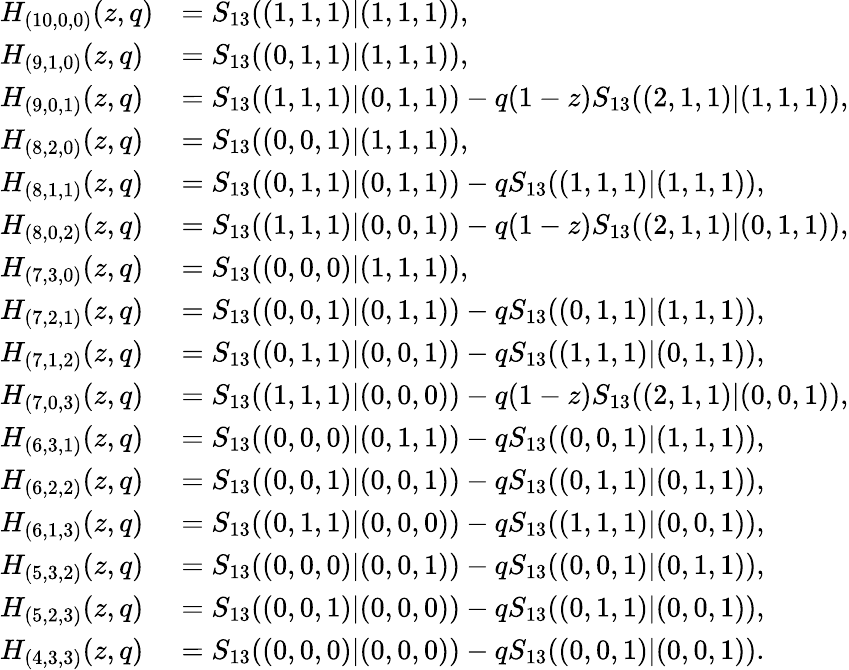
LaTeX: \begin{array}{ll}{H_{(10,0,0)}(z,q)}&{=S_{13}((1,1,1)|(1,1,1)),}\\ {H_{(9,1,0)}(z,q)}&{=S_{13}((0,1,1)|(1,1,1)),}\\ {H_{(9,0,1)}(z,q)}&{=S_{13}((1,1,1)|(0,1,1))-q(1-z)S_{13}((2,1,1)|(1,1,1)),}\\ {H_{(8,2,0)}(z,q)}&{=S_{13}((0,0,1)|(1,1,1)),}\\ {H_{(8,1,1)}(z,q)}&{=S_{13}((0,1,1)|(0,1,1))-qS_{13}((1,1,1)|(1,1,1)),}\\ {H_{(8,0,2)}(z,q)}&{=S_{13}((1,1,1)|(0,0,1))-q(1-z)S_{13}((2,1,1)|(0,1,1)),}\\ {H_{(7,3,0)}(z,q)}&{=S_{13}((0,0,0)|(1,1,1)),}\\ {H_{(7,2,1)}(z,q)}&{=S_{13}((0,0,1)|(0,1,1))-qS_{13}((0,1,1)|(1,1,1)),}\\ {H_{(7,1,2)}(z,q)}&{=S_{13}((0,1,1)|(0,0,1))-qS_{13}((1,1,1)|(0,1,1)),}\\ {H_{(7,0,3)}(z,q)}&{=S_{13}((1,1,1)|(0,0,0))-q(1-z)S_{13}((2,1,1)|(0,0,1)),}\\ {H_{(6,3,1)}(z,q)}&{=S_{13}((0,0,0)|(0,1,1))-qS_{13}((0,0,1)|(1,1,1)),}\\ {H_{(6,2,2)}(z,q)}&{=S_{13}((0,0,1)|(0,0,1))-qS_{13}((0,1,1)|(0,1,1)),}\\ {H_{(6,1,3)}(z,q)}&{=S_{13}((0,1,1)|(0,0,0))-qS_{13}((1,1,1)|(0,0,1)),}\\ {H_{(5,3,2)}(z,q)}&{=S_{13}((0,0,0)|(0,0,1))-qS_{13}((0,0,1)|(0,1,1)),}\\ {H_{(5,2,3)}(z,q)}&{=S_{13}((0,0,1)|(0,0,0))-qS_{13}((0,1,1)|(0,0,1)),}\\ {H_{(4,3,3)}(z,q)}&{=S_{13}((0,0,0)|(0,0,0))-qS_{13}((0,0,1)|(0,0,1)).}\end{array}